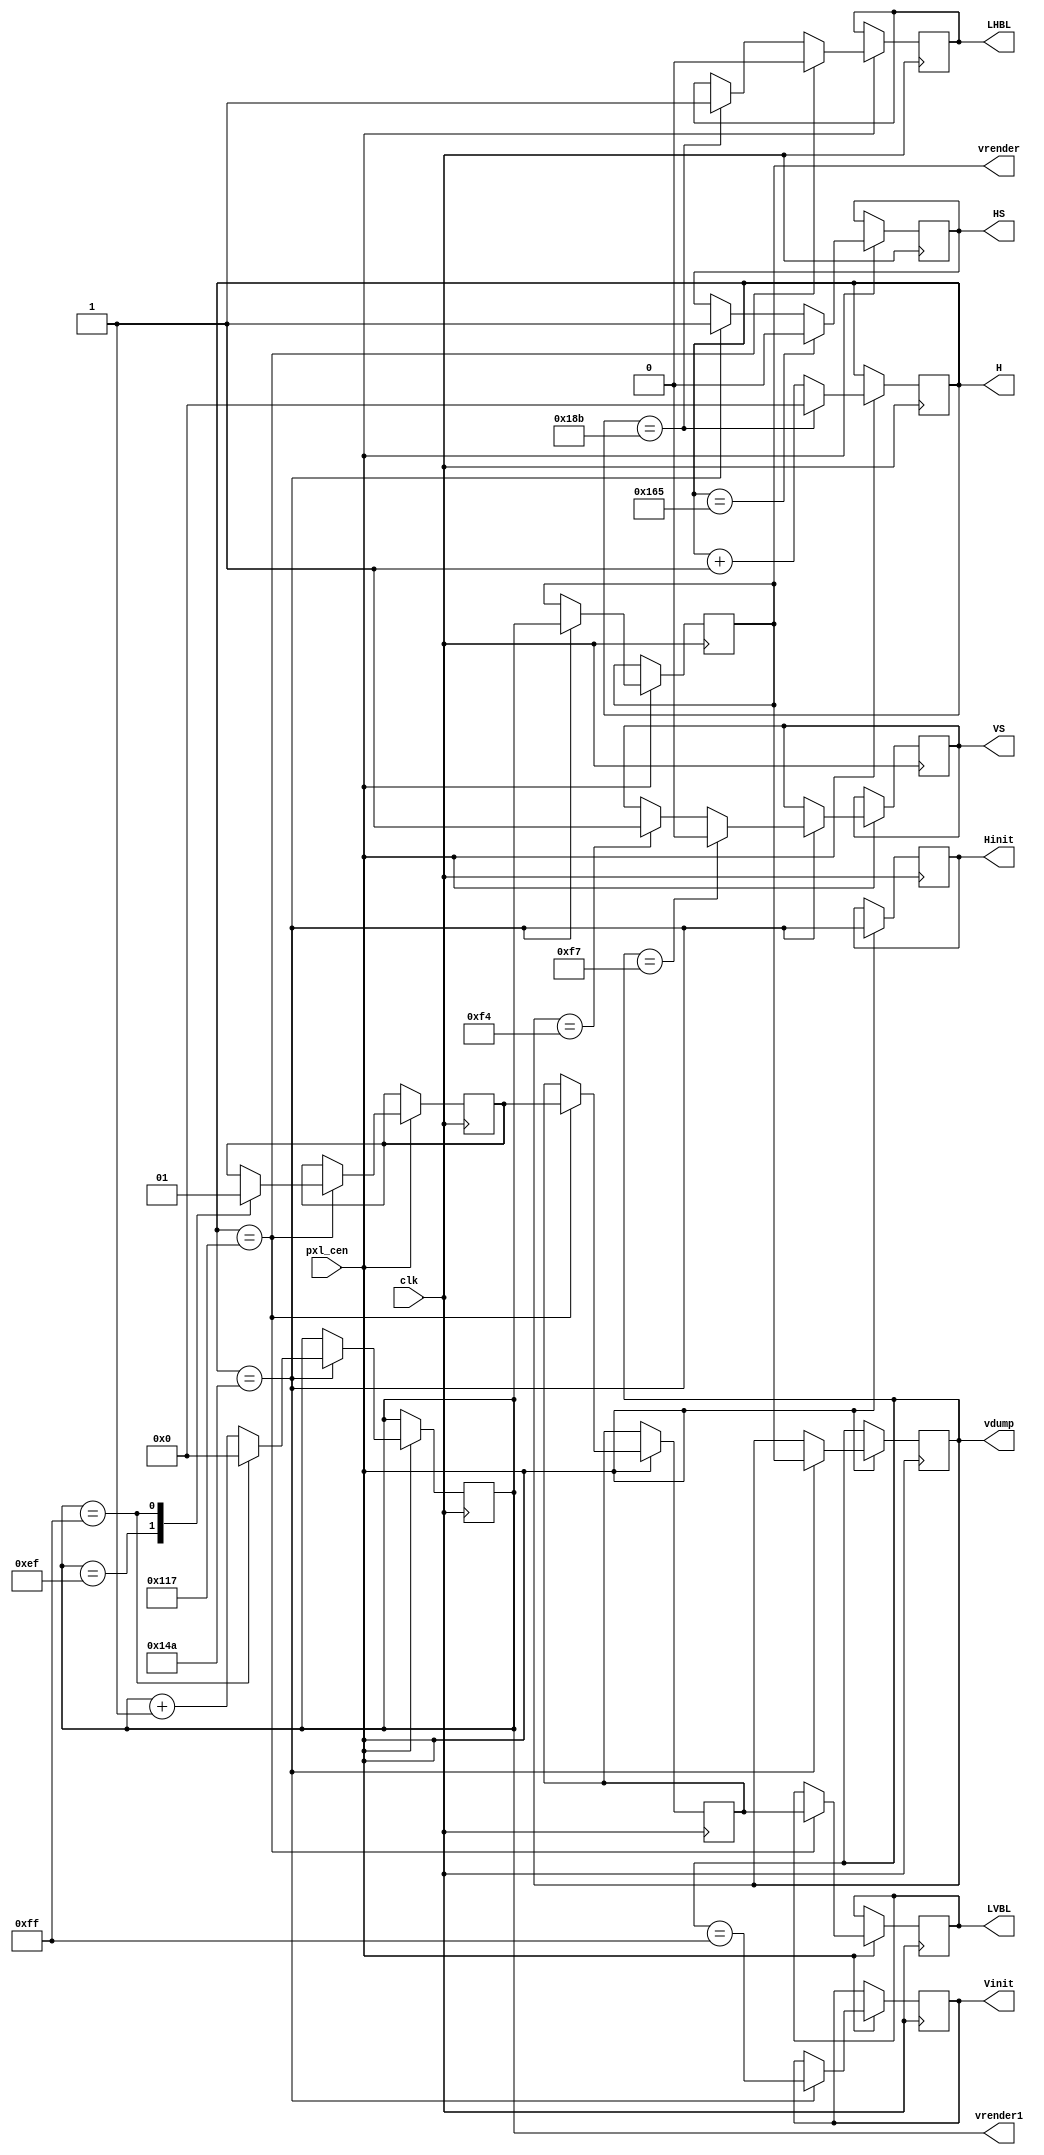
/*  This file is part of JTFRAME.
    JTFRAME program is free software: you can redistribute it and/or modify
    it under the terms of the GNU General Public License as published by
    the Free Software Foundation, either version 3 of the License, or
    (at your option) any later version.

    JTFRAME program is distributed in the hope that it will be useful,
    but WITHOUT ANY WARRANTY; without even the implied warranty of
    MERCHANTABILITY or FITNESS FOR A PARTICULAR PURPOSE.  See the
    GNU General Public License for more details.

    You should have received a copy of the GNU General Public License
    along with JTFRAME.  If not, see <http://www.gnu.org/licenses/>.

    Author: Jose Tejada Gomez. Twitter: @topapate
    Version: 1.0
    Date: 2-5-2020 */


// Generic video timing generator
// By default vertical blanking and sync toggle with horizontal blanking and sync
// but some games make these signals toggle in the middle of the vertical ones
// See Side Arms for an example

// By default, H/V counters end with the blanking signal, for some games it
// may be useful to define the end count differently
// Depending on how the graphic hardware is designed, H/V count start and end values
// can be important, as well as when signals toggle (like in a 8-multiple of H)
// but these limitations can be trade off for different ones if the design is changed

// A default VS pulse of three lines and HS pulse of 4.5us will fit the TV standard
// but some games use different values
// See the parameter definition below to alter the needed parameters when
// instantiating the module

`ifndef VERILATOR_KEEP_VTIMER
/* verilator tracing_off */
`endif

module jtframe_vtimer(
    input               clk,
    input               pxl_cen,
    output  reg [8:0]   vdump,
    output  reg [8:0]   vrender,
    output  reg [8:0]   vrender1,
    output  reg [8:0]   H,
    output  reg         Hinit,
    output  reg         Vinit,
    output  reg         LHBL,
    output  reg         LVBL,
    output  reg         HS,
    output  reg         VS
);

reg LVBL2, LVBL1;

// Default values suit Contra arcade
parameter [8:0] V_START  = 9'd0,
                VB_START = 9'd239,
                VB_END   = 9'd255,
                VS_START = 9'd244,
                VS_END   = (VS_START+9'd3),
                VCNT_END = VB_END > VS_END ? VB_END : VS_END,
                HB_END   = 9'd395,
                HB_START = HB_END-9'd116,
                HS_START = 9'd330,
                HS_END   = HS_START+9'd27, // Default 4.5us for a 6MHz clock
                H_VB     = HB_START,
                H_VS     = HS_START,
                H_VNEXT  = HS_START,
                HINIT    = H_VNEXT,
                HJUMP    = 0, // set to 1 so the HCNT goes from 0 to FF and then from 180 to 1FF.
                              // HCNT_START and HCNT_END are ignored if HJUMP is set
                HCNT_END = HB_END > HS_END ? HB_END : HS_END,
                HCNT_START=9'd0;

`ifdef SIMULATION
initial begin
    // starts off at the beginning of the vertical blanking
    // to match MAME timing
    Hinit    = 0;
    Vinit    = 0;
    LVBL     = 0;
    LVBL1    = LVBL;
    LVBL2    = LVBL;
    HS       = 0;
    VS       = 0;
    LHBL     = 1;
    H        = HB_START;
    vdump    = VB_START;
    vrender  = vdump+1'd1;
    vrender1 = vrender+1'd1;

    // VS should be at least 3 line long
    // In the case the count is expressed in a funny way
    // with VS_END < VS_START, the check is not performed
    if ( !(VS_END<VS_START || (VS_END-VS_START)>=3) ) begin
        $display("%m assert failed ");
    end

    // HS length check is not exact because the pixel clock
    // is not known to the module
    if ( !(HS_END<HS_START || (HS_END-HS_START)>=27) ) begin
        $display("%m assert failed ");
    end
end
`endif

// H counter
always @(posedge clk) if(pxl_cen) begin
    Hinit <= H == HINIT;
    if( HJUMP[0] )
        H <= H==9'hFF ? 9'h180 : (H+9'd1);
    else
        H <= H == HCNT_END ? HCNT_START : (H+9'd1);
end

always @(posedge clk) if(pxl_cen) begin
    if( H == H_VNEXT ) begin
        Vinit    <= vdump==VB_END;
        vrender1 <= vrender1==VCNT_END ? V_START : vrender1 + 9'd1;
        vrender  <= vrender1;
        vdump    <= vrender;
    end

    if( H == HB_START ) begin
        LHBL <= 0;
    end else if( H == HB_END ) LHBL <= 1;
    if( H == H_VB ) begin
        { LVBL, LVBL1 } <= { LVBL1, LVBL2 };
        case( vrender1 )
            VB_START: LVBL2 <= 0;
            VB_END:   LVBL2 <= 1;
            default:;
        endcase // vdump
    end

    if (H==HS_START) begin
        HS <= 1;
    end
    if( H==H_VS ) begin
        if (vdump==VS_START) VS <= 1;
        if (vdump==VS_END  ) VS <= 0;
    end

    if (H==HS_END) HS <= 0;
end

`ifdef SIMULATION_VTIMER
reg LVBL_Last, LHBL_last, VS_last, HS_last;

wire new_line  = LHBL_last && !LHBL;
wire new_frame = LVBL_Last && !LVBL;
wire new_HS = HS && !HS_last;
wire new_VS = VS && !VS_last;

integer vbcnt=0, vcnt=0, hcnt=0, hbcnt=0, vs0, vs1, hs0, hs1;
integer framecnt=0;

`ifdef SIMULATION_VTIMER_FCLK
real fclk = `SIMULATION_VTIMER_FCLK;
`else
real fclk = 6e6;
`endif

initial begin
    $display("Using %f clock for the results table",fclk);
end

always @(posedge clk) if(pxl_cen) begin
    LHBL_last <= LHBL;
    HS_last   <= HS;
    VS_last   <= VS;
    if( new_HS ) hs1 <= hbcnt;
    if( new_VS ) vs1 <= vbcnt;
    if( new_line ) begin
        LVBL_Last <= LVBL;
        if( new_frame ) begin
            if( framecnt>0 ) begin
                $display("VB count = %3d (sync at %2d)", vbcnt, vs1 );
                $display("vdump  total = %3d (%.2f Hz)", vcnt, fclk/(hcnt*vcnt) );
                $display("HB count = %3d (sync at %2d)", hbcnt, hs1 );
                $display("H  total = %3d (%.2f Hz)", hcnt, fclk/hcnt );
                $display("-------------" );
            end
            vbcnt <= 1;
            vcnt  <= 1;
            framecnt <= framecnt+1;
        end else begin
            vcnt <= vcnt+1;
            if( !LVBL ) vbcnt <= vbcnt+1;
        end
        hbcnt <= 1;
        hcnt  <= 1;
    end else begin
        hcnt <= hcnt+1;
        if( !LHBL ) hbcnt <= hbcnt+1;
    end
end
`endif

endmodule